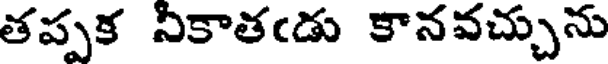
తప్పక నీకాతఁడు కానవచ్చును